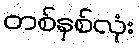
တစ်နှစ်လုံး